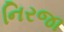
નિરજા